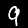
Digit: 9